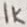
Text: 1k